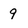
Character: 9